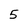
Character: 5